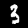
Label: 3